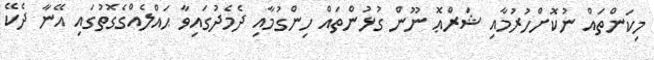
މިކަންތައް ނުކޮށްހުރުމާއި ޝަރްޢޮ ނޫން ގުޅުންތައް ހިންގުމާއި ދެމެދުގައިވާ ޙައްލެއްގެގޮތުގައި އޭނާ ދެކޭ